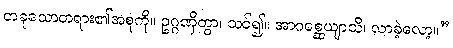
တခုသောတရား၏အစုကို။ ဥဂ္ဂဏှိတွာ၊ သင်၍။ အာဂစ္ဆေယျာသိ၊ လာခဲ့လော့။”